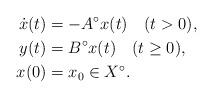
LaTeX: \begin{align*} \dot{x}(t) & = -A^{\circ}x(t) \quad(t>0),\\ y(t) & = B^{\circ}x(t) \quad(t\geq 0),\\ x(0) & = x_0 \in X^\circ.\end{align*}